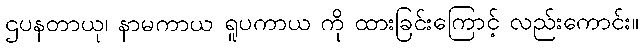
ဌပနတာယု၊ နာမကာယ ရူပကာယ ကို ထားခြင်းကြောင့် လည်းကောင်း။